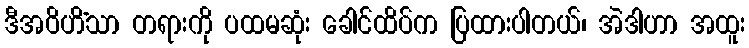
ဒီအဝိဟိံသာ တရားကို ပထမဆုံး ခေါင်ထိပ်က ပြထားပါတယ်၊ အဲဒါဟာ အထူး